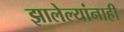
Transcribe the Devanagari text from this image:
झालेल्यांनाही